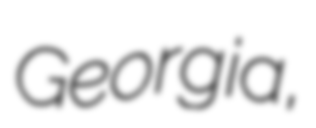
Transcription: Georgia,